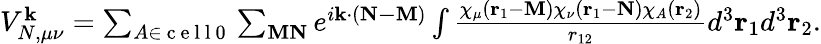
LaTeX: \begin{array}{r}{V_{N,\mu\nu}^{\mathbf{k}}=\sum_{A\in\mathrm{~c~e~l~l~0~}}\sum_{\mathbf{MN}}e^{i\mathbf{k}\cdot(\mathbf{N-M})}\int\frac{\chi_{\mu}(\mathbf{r}_{1}-\mathbf{M})\chi_{\nu}(\mathbf{r}_{1}-\mathbf{N})\chi_{A}(\mathbf{r}_{2})}{r_{12}}d^{3}\mathbf{r}_{1}d^{3}\mathbf{r}_{2}.}\end{array}